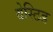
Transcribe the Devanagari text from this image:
वेस्टिड